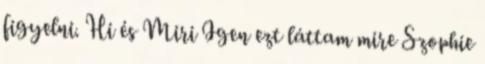
figyelni. Hi és Miri Igen ezt láttam mire Szophie